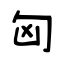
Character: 匈